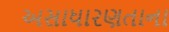
અસાધારણતાના